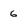
Character: 6